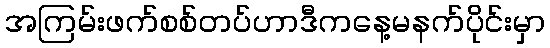
အကြမ်းဖက်စစ်တပ်ဟာဒီကနေ့မနက်ပိုင်းမှာ